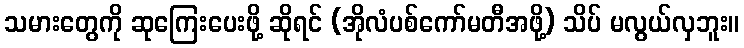
သမားတွေကို ဆုကြေးပေးဖို့ ဆိုရင် (အိုလံပစ်ကော်မတီအဖို့) သိပ် မလွယ်လှဘူး။